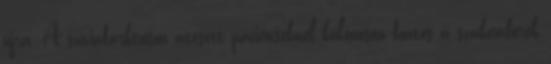
újra. A szívinfarktuson átesett pácienseknél különösen fontos a szakemberek